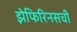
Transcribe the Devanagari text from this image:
झेफिरिनसची